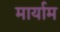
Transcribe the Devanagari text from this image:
मार्याम